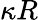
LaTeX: \kappa R